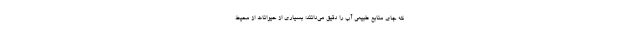
که جای منابع طبیعی آب را دقیق می‌دانند؛ بسیاری از حیوانات از محیط